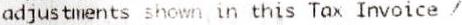
ADJUSTMENTS SHOWN IN THIS TAX INVOICE /